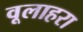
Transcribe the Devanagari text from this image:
वूलाहरा